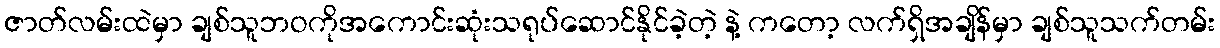
ဇာတ်လမ်းထဲမှာ ချစ်သူဘဝကိုအကောင်းဆုံးသရုပ်ဆောင်နိုင်ခဲ့တဲ့ နဲ့ ကတော့ လက်ရှိအချိန်မှာ ချစ်သူသက်တမ်း